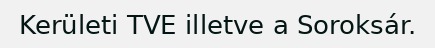
Kerületi TVE illetve a Soroksár.